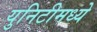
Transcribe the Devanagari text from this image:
युनिटीमध्ये